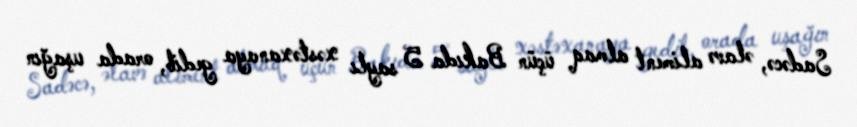
Sadəcə, əlavə aliment almaq üçün Bakıda 5 saylı xəstəxanaya gedib, orada uşağın